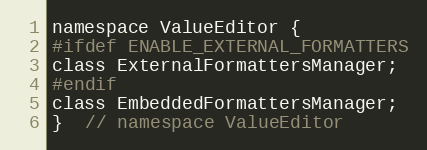
Language: C
namespace ValueEditor {
#ifdef ENABLE_EXTERNAL_FORMATTERS
class ExternalFormattersManager;
#endif
class EmbeddedFormattersManager;
}  // namespace ValueEditor